Language: tamil
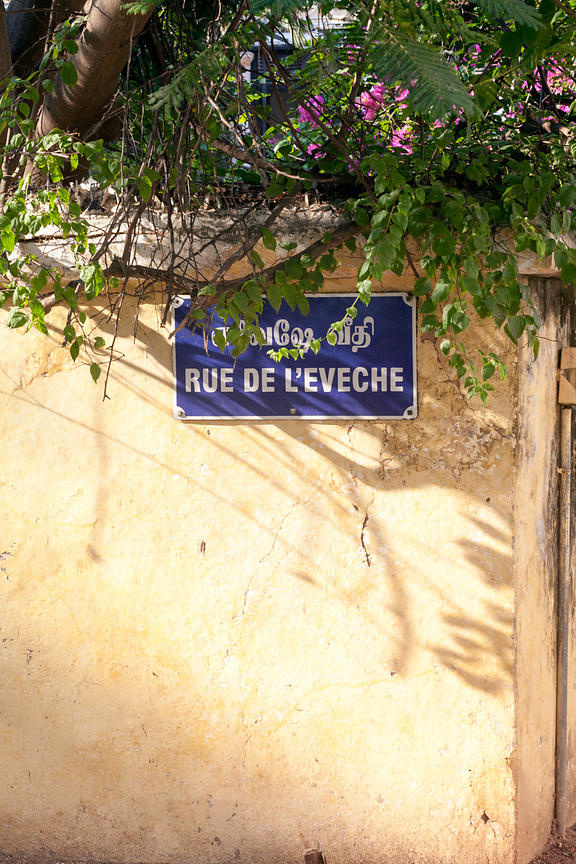
Transcription: வீதி